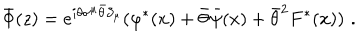
LaTeX: \bar { \Phi } ( z ) = e ^ { i \theta \sigma ^ { \mu } \bar { \theta } \partial _ { \mu } } ( \varphi ^ { * } ( x ) + \bar { \theta } \bar { \psi } ( x ) + \bar { \theta } ^ { 2 } F ^ { * } ( x ) ) \, \, .